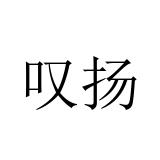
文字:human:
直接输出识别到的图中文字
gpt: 叹扬